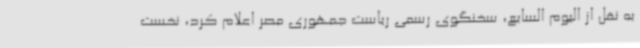
به نقل از الیوم السابع، سخنگوی رسمی ریاست جمهوری مصر اعلام کرد، نخست